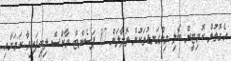
އެގޮތުން ކޮމިޓީން ބެލި މިންގަނޑުތަކުން ތޮލާލަށް 87 ޕަސެންޓް މާކްސް ލިބިފައިވާ ކަމަށާއި